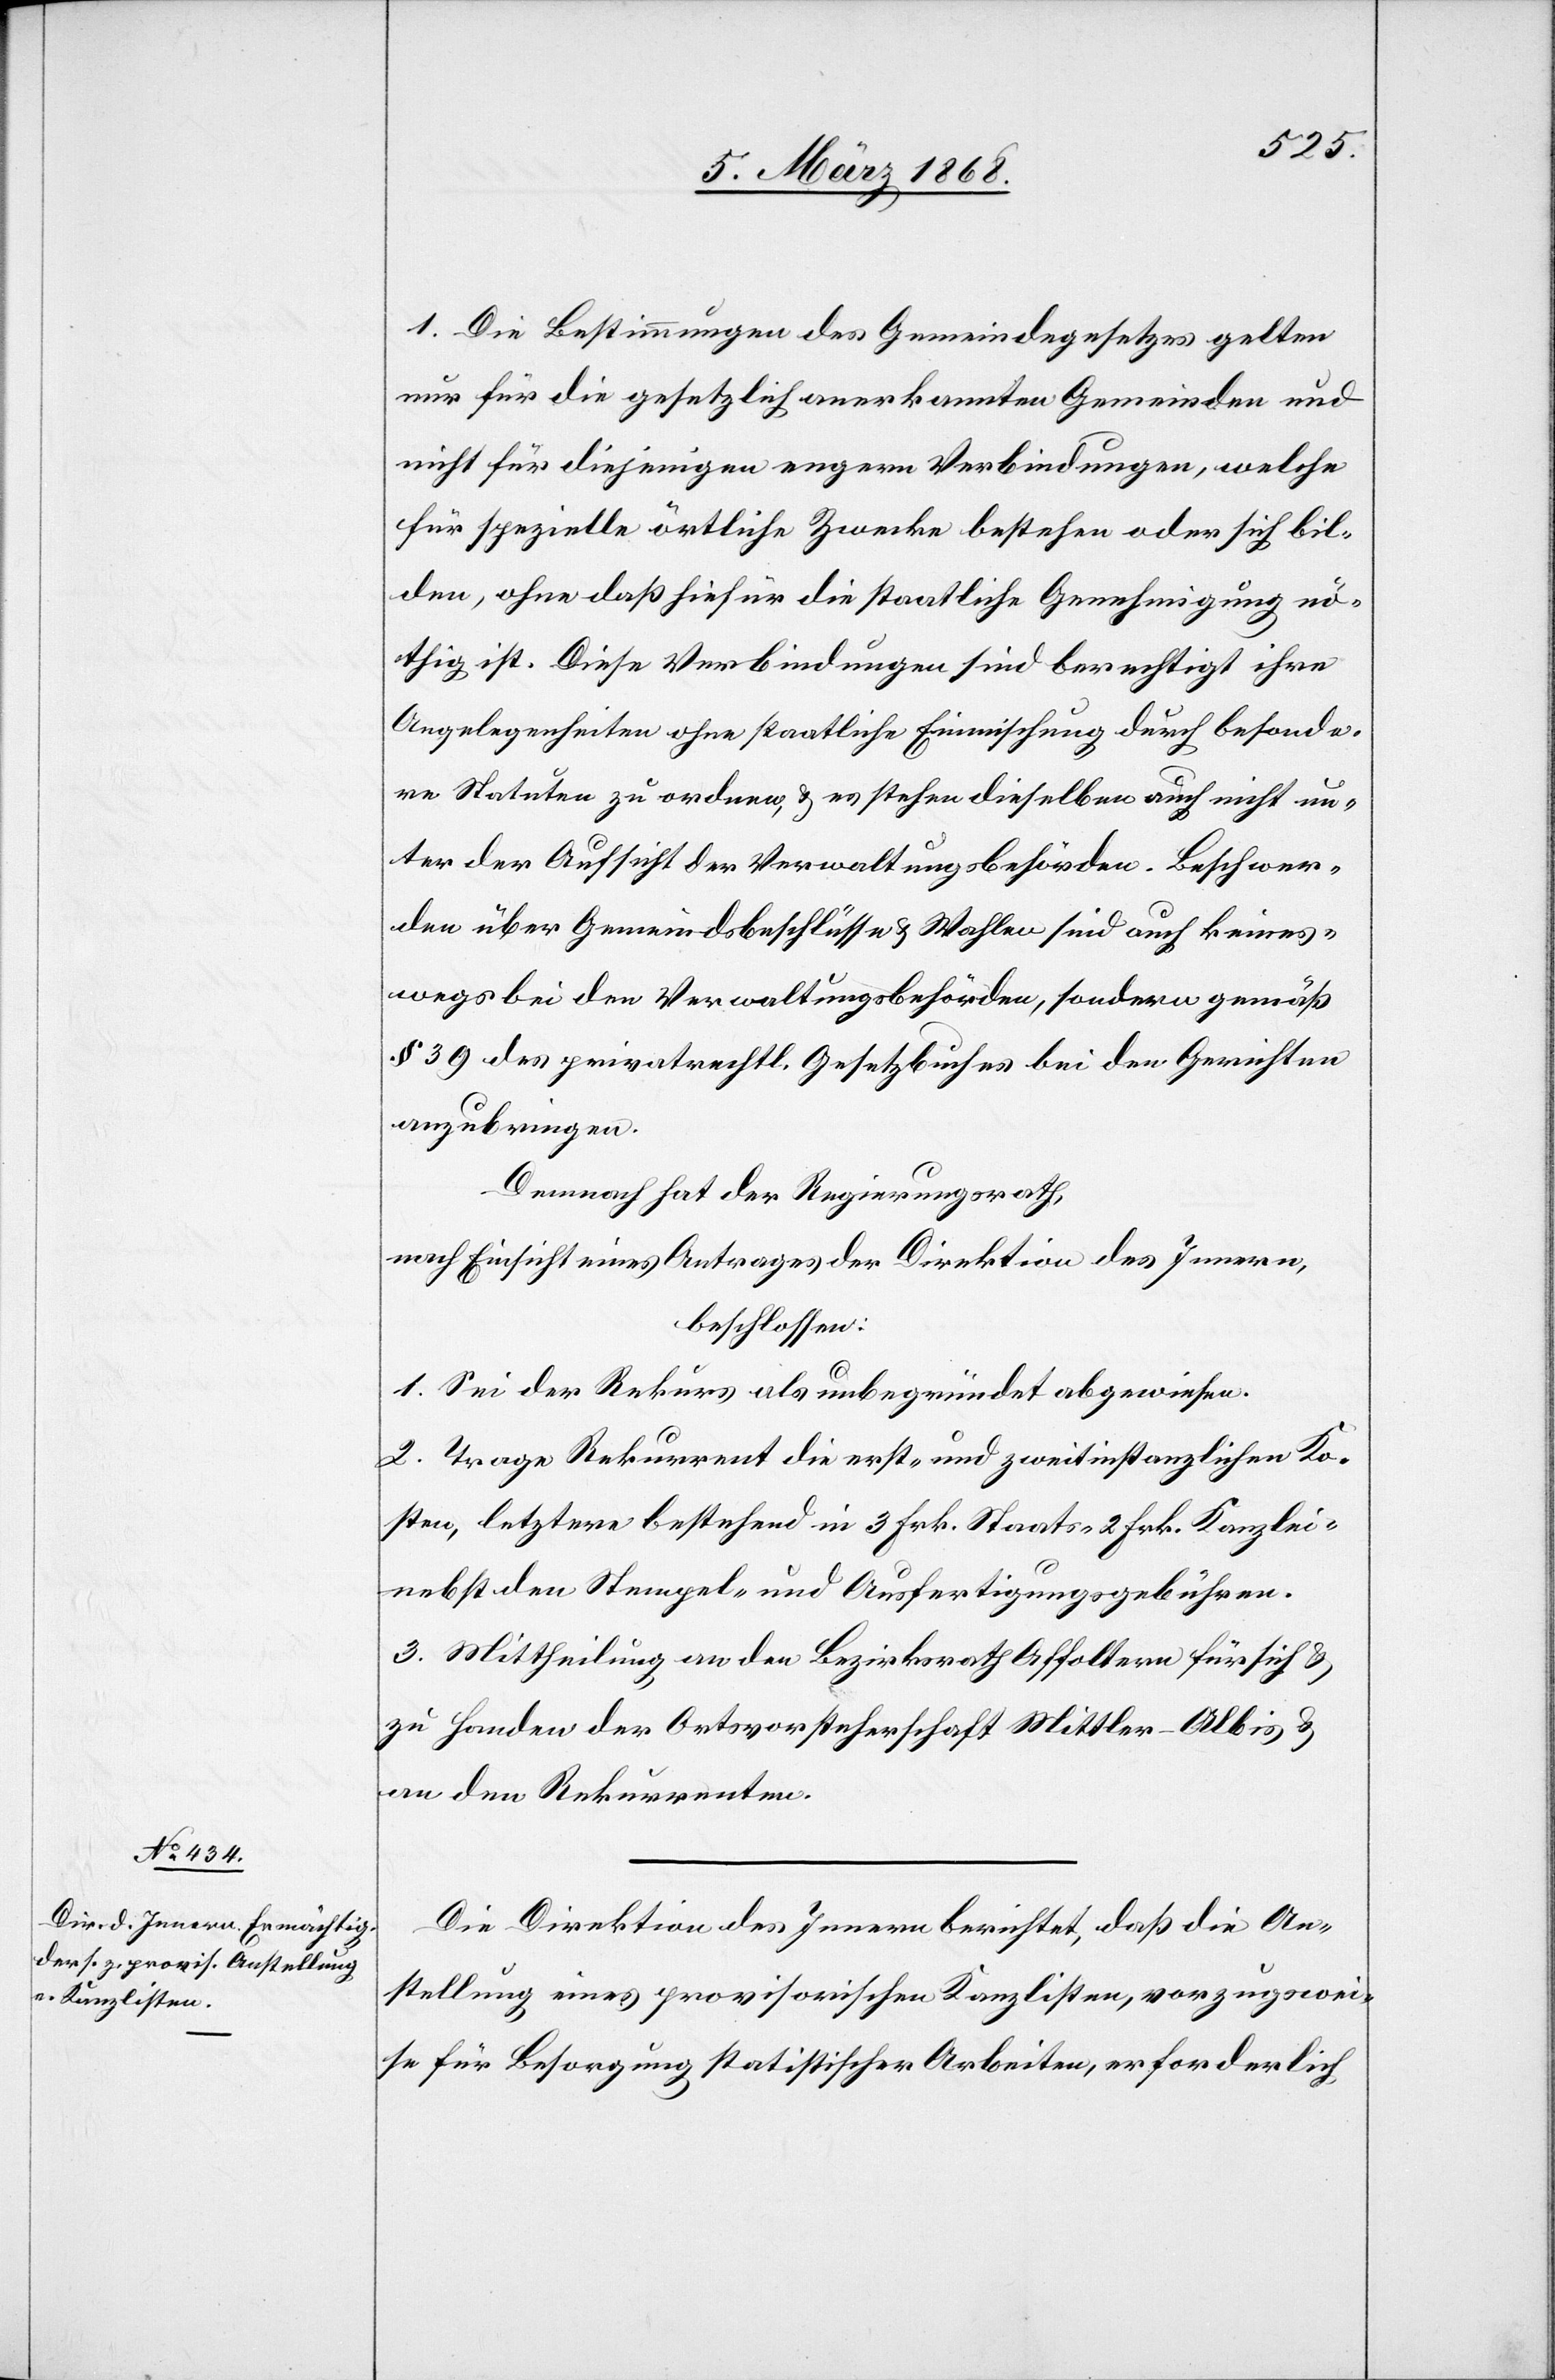
1. Die Bestimmungen des Gemeindegesetzes gelten
nur für die gesetzlich anerkannten Gemeinden und
nicht für diejenigen engern Verbindungen, welche
für spezielle örtliche Zwecke bestehen oder sich bil¬
den, ohne daß hiefür die staatliche Genehmigung nö¬
thig ist. Diese Verbindungen sind berechtigt ihre
Angelegenheiten ohne staatliche Einmischung durch besonde¬
re Statuten zu ordnen, & es stehen dieselben auch nicht un¬
ter der Aufsicht der Verwaltungsbehörden. Beschwer¬
den über Gemeindsbeschlüsse & Wahlen sind auch keines¬
wegs bei den Verwaltungsbehörden, sondern gemäß
§ 39 des privatrechtl. Gesetzbuches bei den Gerichten
anzubringen.
Demnach hat der Regierungsrath,
nach Einsicht eines Antrages der Direktion des Innern,
beschlossen:
1. Sei der Rekurs als unbegründet abgewiesen.
2. Trage Rekurrent die erst- und zweitinstanzlichen Ko¬
sten, letztere bestehend in 3 Frk. Staats-[,] 2 Frk. Kanzlei-[,]
nebst den Stempel- und Ausfertigungsgebühren.
3. Mittheilung an den Bezirksrath Affoltern für sich &
zu Handen der Ortsvorsteherschaft Mittler-Albis &
an den Rekurrenten.
Die Direktion des Innern berichtet, daß die An¬
stellung eines provisorischen Kanzlisten, vorzugswei¬
se für Besorgung statistischer Arbeiten, erforderlich